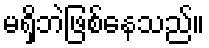
မရှိဘဲဖြစ်နေသည်။